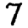
Digit: 7